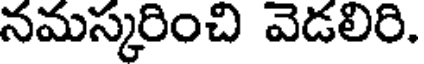
నమస్కరించి వెడలిరి.